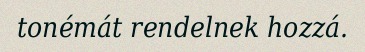
tonémát rendelnek hozzá.